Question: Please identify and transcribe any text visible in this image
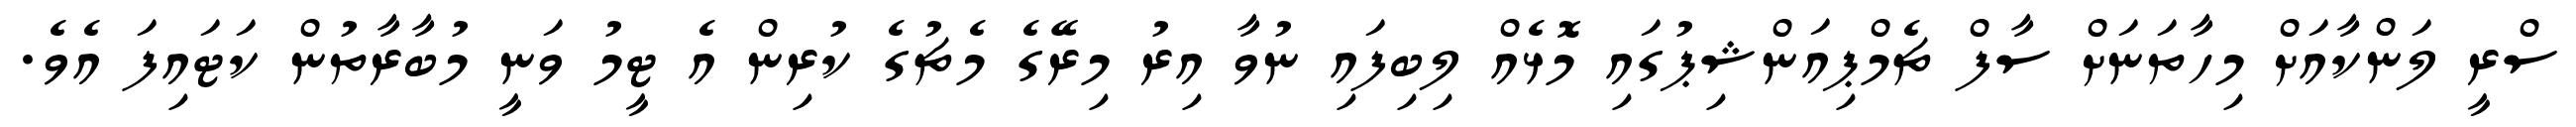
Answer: ސްރީ ލަންކާއަށް މިހާތަނަށް ސާފް ޗެމްޕިއަންޝިޕުގައި މޮޅެއް ލިބިފައި ނުވާ އިރު މިރޭގެ މެޗުގެ ކުރިން އެ ޓީމު ވަނީ މުބާރާތުން ކަޓައިފަ އެވެ.